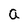
Character: a